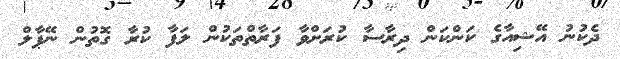
ދެކުނު އޭޝިއާގެ ކަންކަން ދިރާސާ ކުރަށްވާ ފަރާތްތަކުން ލަފާ ކުރާ ގޮތުން ނޭޕާލް